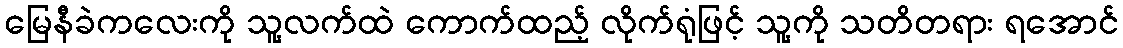
မြေနီခဲကလေးကို သူ့လက်ထဲ ကောက်ထည့် လိုက်ရုံဖြင့် သူ့ကို သတိတရား ရအောင်